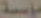
مؤسسة